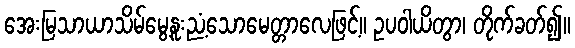
အေးမြသာယာသိမ်မွေ့နူးညံ့သောမေတ္တာလေဖြင့်။ ဥပဝါယိတွာ၊ တိုက်ခတ်၍။